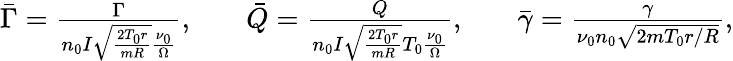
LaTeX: \begin{array}{rlrlr}{\bar{\Gamma}=\frac{\Gamma}{n_{0}I\sqrt{\frac{2T_{0}r}{mR}}\frac{\nu_{0}}{\Omega}},}&{{}}&{\bar{Q}=\frac{Q}{n_{0}I\sqrt{\frac{2T_{0}r}{mR}}T_{0}\frac{\nu_{0}}{\Omega}},}&{{}}&{\bar{\gamma}=\frac{\gamma}{\nu_{0}n_{0}\sqrt{2mT_{0}r/R}},}\end{array}